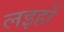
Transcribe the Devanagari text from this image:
लइहों